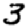
Digit: 3